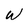
Character: W